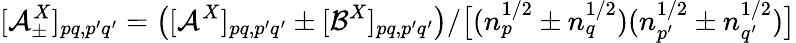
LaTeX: [\mathcal{A}_{\pm}^{X}]_{pq,p^{\prime}q^{\prime}}=\big([\mathcal{A}^{X}]_{pq,p^{\prime}q^{\prime}}\pm[\mathcal{B}^{X}]_{pq,p^{\prime}q^{\prime}}\big)/\big[(n_{p}^{1/2}\pm n_{q}^{1/2})(n_{p^{\prime}}^{1/2}\pm n_{q^{\prime}}^{1/2})\big]